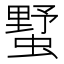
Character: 𧐓